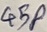
Text: 45P